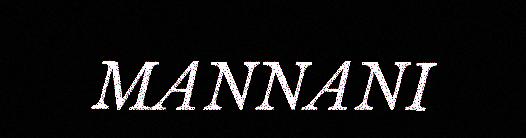
MANNANI